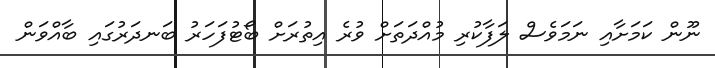
ނޫން ކަމަށާއި ނަމަވެސް ލަފާކުރި މުއްދަތަށް ވުރެ އިތުރަށް ބޯޓުފަހަރު ބަނދަރުގައި ބާއްވަން